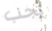
يجب